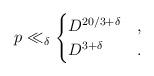
LaTeX: \begin{align*}p \ll_{\delta} \begin{cases} D^{20/3 + \delta} & , \\ D^{3+\delta} & .\end{cases}\end{align*}